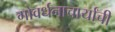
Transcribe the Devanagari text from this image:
गोवर्धनाचार्यांची